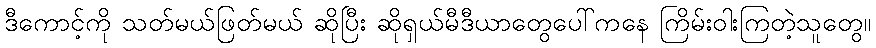
ဒီကောင့်ကို သတ်မယ်ဖြတ်မယ် ဆိုပြီး ဆိုရှယ်မီဒီယာတွေပေါ်ကနေ ကြိမ်းဝါးကြတဲ့သူတွေ။